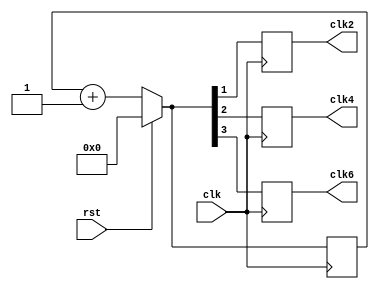
`timescale 1ns / 1ps
//////////////////////////////////////////////////////////////////////////////////
// Company: 
// Engineer: 
// 
// Design Name: 
// Module Name: clock_divider
// Project Name: 
// Target Devices: 
// Tool Versions: 
// Description: 
// 
// Dependencies: 
// 
// Revision:
// Revision 0.01 - File Created
// Additional Comments:
// 
//////////////////////////////////////////////////////////////////////////////////


module clock_divider( clk,rst,clk2,clk4,clk6);
   input clk,rst;
   output reg clk2,clk4,clk6;
   reg [3:0]count;
   always@(posedge clk)
   begin 
     if(rst)
        count <=4'b0000;
        else 
        count =count+1;
        clk2 =count[1];
        clk4 =count[2];
        clk6 =count[3];
          
   end 
   
endmodule